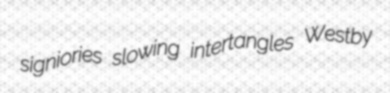
signiories slowing intertangles Westby